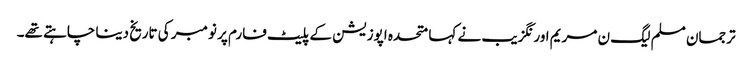
ترجمان مسلم لیگ ن مریم اورنگزیب نے کہا متحدہ اپوزیشن کے پلیٹ فارم پر نومبر کی تاریخ دینا چاہتے تھے۔